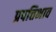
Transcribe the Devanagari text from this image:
प्रपत्तिभाव